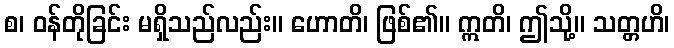
စ၊ ဝန်တိုခြင်း မရှိသည်လည်း။ ဟောတိ၊ ဖြစ်၏။ ဣတိ၊ ဤသို့။ သတ္တဟိ၊